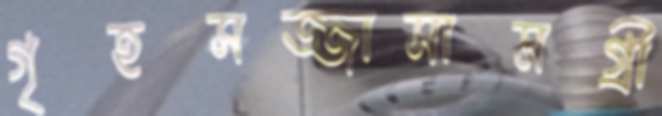
গৃহসজ্জাসামগ্রী